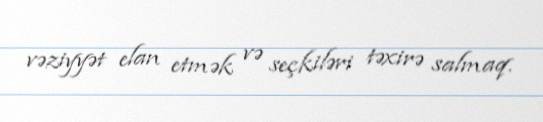
vəziyyət elan etmək və seçkiləri təxirə salmaq.